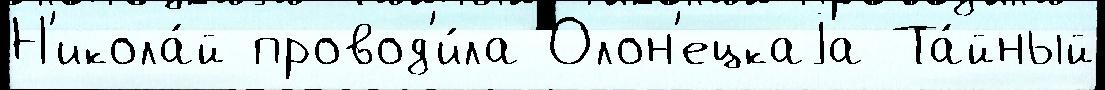
Н'икола́й провод'и́ла Олон'ецкаjа Та́йный